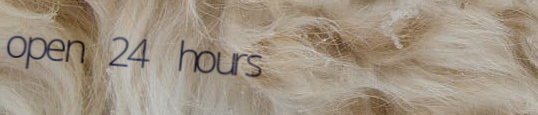
open 24 hours